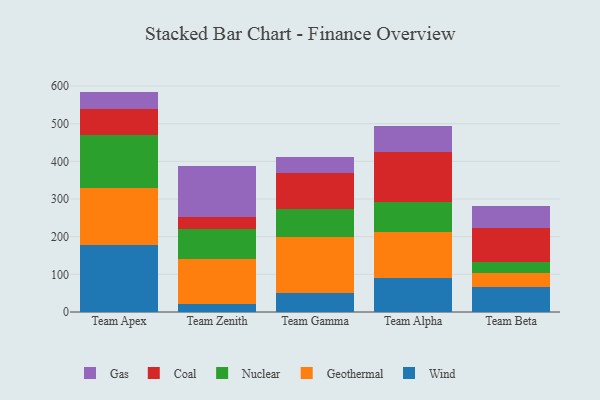
{"axis": {"x": "Team", "y": "Temperature (°C)"}, "legend": ["Coal", "Gas", "Geothermal", "Nuclear", "Wind"], "data": [{"x": "Team Apex", "y": 179.1, "type": "Wind"}, {"x": "Team Apex", "y": 149.1, "type": "Geothermal"}, {"x": "Team Apex", "y": 143.0, "type": "Nuclear"}, {"x": "Team Apex", "y": 68.9, "type": "Coal"}, {"x": "Team Apex", "y": 45.2, "type": "Gas"}, {"x": "Team Zenith", "y": 20.3, "type": "Wind"}, {"x": "Team Zenith", "y": 120.9, "type": "Geothermal"}, {"x": "Team Zenith", "y": 78.1, "type": "Nuclear"}, {"x": "Team Zenith", "y": 32.2, "type": "Coal"}, {"x": "Team Zenith", "y": 136.4, "type": "Gas"}, {"x": "Team Gamma", "y": 50.4, "type": "Wind"}, {"x": "Team Gamma", "y": 148.6, "type": "Geothermal"}, {"x": "Team Gamma", "y": 74.9, "type": "Nuclear"}, {"x": "Team Gamma", "y": 95.2, "type": "Coal"}, {"x": "Team Gamma", "y": 42.7, "type": "Gas"}, {"x": "Team Alpha", "y": 90.2, "type": "Wind"}, {"x": "Team Alpha", "y": 121.7, "type": "Geothermal"}, {"x": "Team Alpha", "y": 79.8, "type": "Nuclear"}, {"x": "Team Alpha", "y": 134.0, "type": "Coal"}, {"x": "Team Alpha", "y": 68.8, "type": "Gas"}, {"x": "Team Beta", "y": 66.6, "type": "Wind"}, {"x": "Team Beta", "y": 38.1, "type": "Geothermal"}, {"x": "Team Beta", "y": 27.6, "type": "Nuclear"}, {"x": "Team Beta", "y": 92.1, "type": "Coal"}, {"x": "Team Beta", "y": 57.3, "type": "Gas"}]}